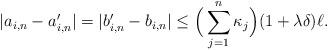
LaTeX: \begin{align*} |a_{i,n}-a'_{i,n}| = |b'_{i,n}-b_{i,n}| \le \Big(\sum_{j=1}^{n} \kappa_{j}\Big)(1+\lambda \delta)\ell . \end{align*}